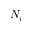
N _ { i }